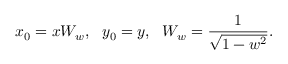
x _ { 0 } = x W _ { w } , ~ ~ y _ { 0 } = y , ~ ~ W _ { w } = \frac { 1 } { \sqrt { 1 - w ^ { 2 } } } .